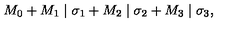
M _ { 0 } + M _ { 1 } \mid \sigma _ { 1 } + M _ { 2 } \mid \sigma _ { 2 } + M _ { 3 } \mid \sigma _ { 3 } ,